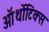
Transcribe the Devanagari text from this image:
ऑर्थोटिक्स